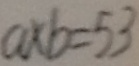
a \times b = 5 3